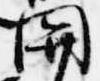
関